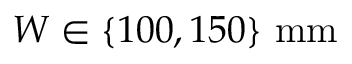
W \in \{ 1 0 0 , 1 5 0 \} \ \mathrm { m m }